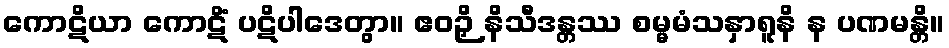
ကောဋိယာ ကောဋိံ ပဋိပါဒေတွာ။ ဧဝဉှိ နိသီဒန္တဿ စမ္မမံသနှာရူနိ န ပဏမန္တိ။